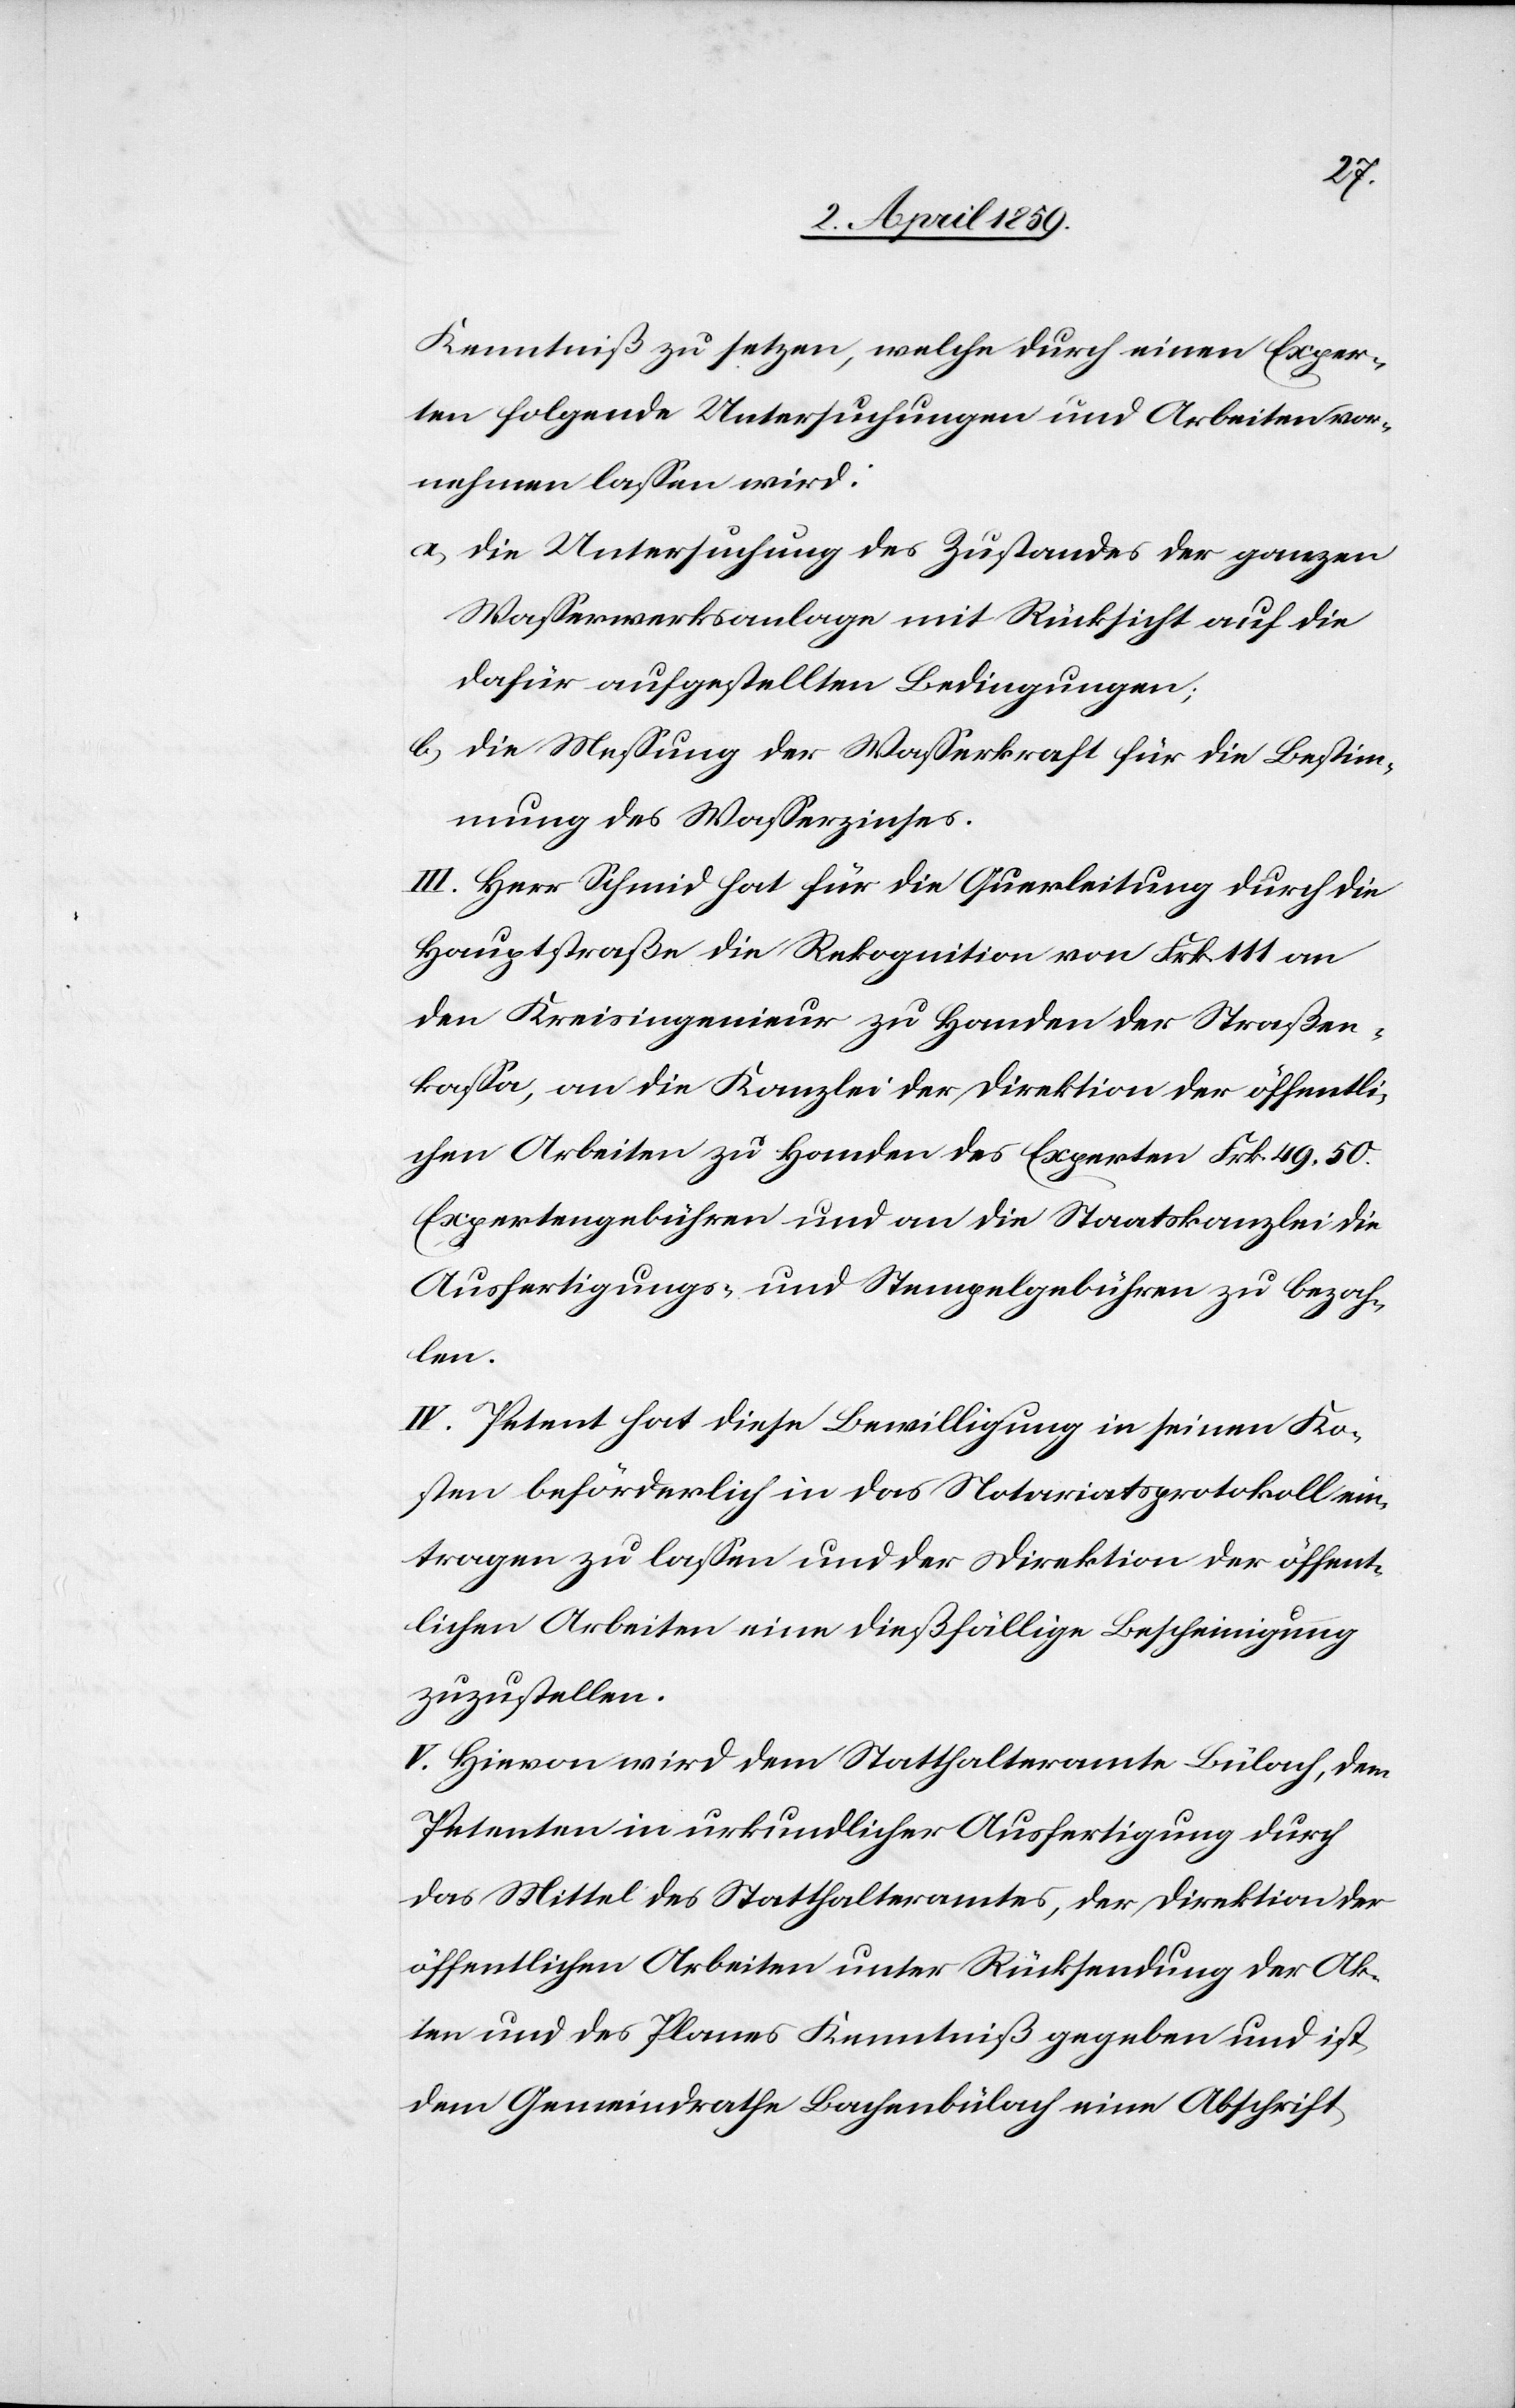
Kenntniß zu setzen, welche durch einen Exper¬
ten folgende Untersuchungen und Arbeiten vor¬
nehmen laßen wird:
a) die Untersuchung des Zustandes der ganzen
Waßerwerksanlage mit Rücksicht auf die
dafür aufgestellten Bedingungen;
b) die Meßung der Waßerkraft für die Bestim¬
mung des Waßerzinses.
III. Herr Schmid hat für die Querleitung durch die
Hauptstraße die Rekognition von Frk. 111 an
den Kreisingenieur zu Handen der Straßen¬
kaßa, an die Kanzlei der Direktion der öffentli¬
chen Arbeiten zu Handen des Experten Frk. 49. 50.
Expertengebühren und an die Staatskanzlei die
Ausfertigungs- und Stempelgebühren zu bezah¬
len.
IV. Petent hat diese Bewilligung in seinen Ko¬
sten beförderlich in das Notariatsprotokoll ein¬
tragen zu laßen und der Direktion der öffent¬
lichen Arbeiten eine dießfällige Bescheinigung
zuzustellen.
V. Hievon wird dem Statthalteramte Bülach, dem
Petenten in urkundlicher Ausfertigung durch
das Mittel des Statthalteramtes, der Direktion der
öffentlichen Arbeiten unter Rücksendung der Ak¬
ten und des Planes Kenntniß gegeben und ist
dem Gemeindrathe Bachenbülach eine Abschrift